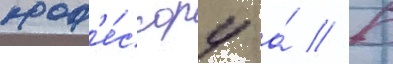
проф'е́ссору а́ // Б